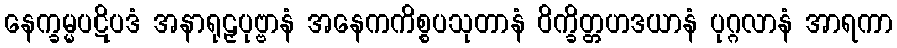
နေက္ခမ္မပဋိပဒံ အနာရုဠှပုဗ္ဗာနံ အနေကကိစ္စပသုတာနံ ဝိက္ခိတ္တဟဒယာနံ ပုဂ္ဂလာနံ အာရကာ